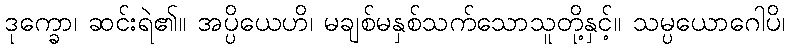
ဒုက္ခော၊ ဆင်းရဲ၏။ အပ္ပိယေဟိ၊ မချစ်မနှစ်သက်သောသူတို့နှင့်။ သမ္ပယောဂေါပိ၊